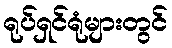
ရုပ်ရှင်ရုံများတွင်